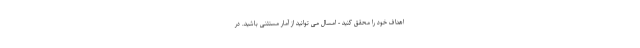
اهداف خود را محقق کنید - امسال می توانید از آمار مستثنی باشید. در